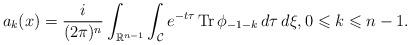
LaTeX: \begin{align*} a_{k}(x) = \frac{i}{(2 \pi)^{n}}\int_{\mathbb{R}^{n-1}}\int_{\mathcal{C}} e^{-t\tau} \operatorname{Tr} \phi_{-1-k} \,d\tau \,d\xi, 0 \leqslant k \leqslant n-1.\end{align*}